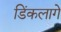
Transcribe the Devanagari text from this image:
डिंकलागे